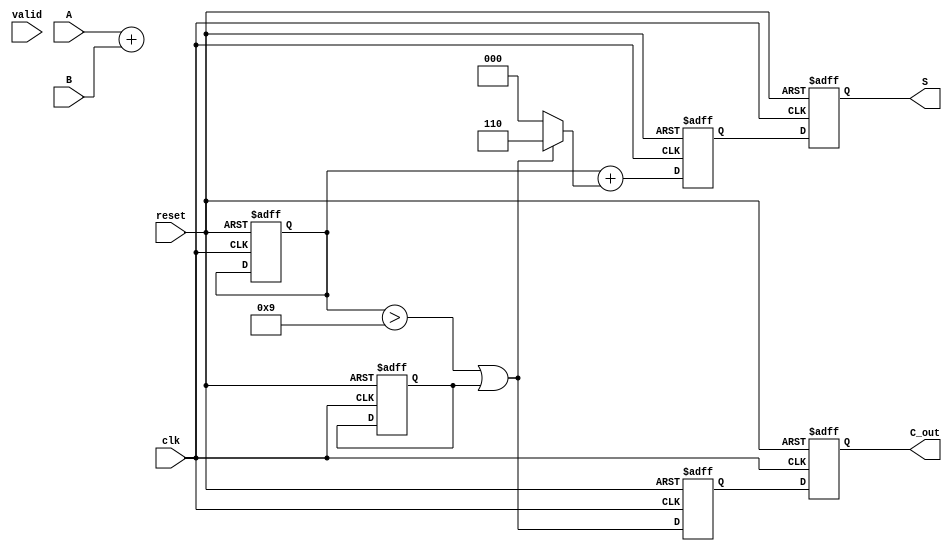
module BCD_Pipelined_Adder (
    input wire clk,
    input wire reset,
    input wire valid,
    input wire [3:0] A,
    input wire [3:0] B,
    output reg [3:0] S,
    output reg C_out
);

    // Intermediate signals for pipeline stages
    reg [3:0] sum_stage1;
    reg C_out_stage1;
    reg [3:0] sum_stage2;
    reg C_out_stage2;

    // BCD Correction Logic
    wire [3:0] corrected_sum;
    wire C_out_corrected;

    // Combinational logic to perform binary addition
    always @(*) begin
        {C_out_stage1, sum_stage1} = A + B; // Binary addition
    end

    // BCD Correction Logic
    assign C_out_corrected = (sum_stage1 > 4'd9) || C_out_stage1;
    assign corrected_sum = sum_stage1 + (C_out_corrected ? 4'd6 : 4'd0);

    // Pipeline Stage 1
    always @(posedge clk or posedge reset) begin
        if (reset) begin
            sum_stage1 <= 4'b0;
            C_out_stage1 <= 1'b0;
        end else if (valid) begin
            sum_stage1 <= sum_stage1; // Hold the previous value
            C_out_stage1 <= C_out_stage1; // Hold the previous value
        end else begin
            sum_stage1 <= sum_stage1; // Hold the previous value
            C_out_stage1 <= C_out_stage1; // Hold the previous value
        end
    end

    // Pipeline Stage 2
    always @(posedge clk or posedge reset) begin
        if (reset) begin
            sum_stage2 <= 4'b0;
            C_out_stage2 <= 1'b0;
        end else begin
            sum_stage2 <= corrected_sum; // Output the corrected sum
            C_out_stage2 <= C_out_corrected; // Output carry out
        end
    end

    // Output Stage
    always @(posedge clk or posedge reset) begin
        if (reset) begin
            S <= 4'b0;
            C_out <= 1'b0;
        end else begin
            S <= sum_stage2; // Final BCD result
            C_out <= C_out_stage2; // Final carry out
        end
    end

endmodule